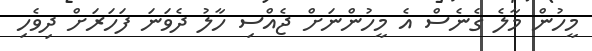
މީހުން މާލެ ގެނެސް އެ މީހުންނަށް ޖެއްސި ހާލު ދެވަނަ ފަހަރަށް ދިވެހި